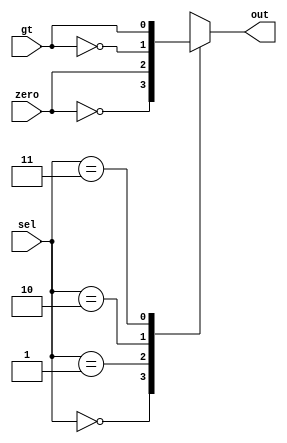
module mux_condcontrol(input wire zero,
                      input wire gt,
                      input wire [1:0] sel,
                      output reg out
                      );
  
  always@(*) begin
    case (sel)
      2'b00: out = ~zero;
      2'b01: out = zero;
      2'b10: out = ~gt;
      2'b11: out = gt;
    endcase
  end

endmodule